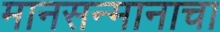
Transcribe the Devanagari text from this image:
मानसन्मानाचा